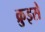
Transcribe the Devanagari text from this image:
क्रुइसे